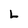
Character: L